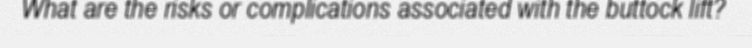
What are the risks or complications associated with the buttock lift?